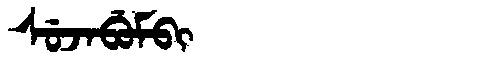
Manchu: ᠰᡠᠵᠠᠪᡠᠮᠪᡳ
Romanization: SUJABUMBI